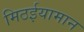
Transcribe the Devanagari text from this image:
मिठईयामान